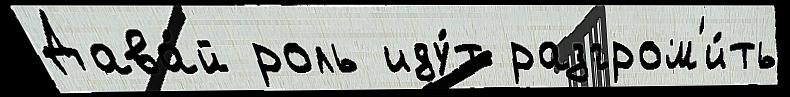
Дава́й роль иду́т разгром'и́ть